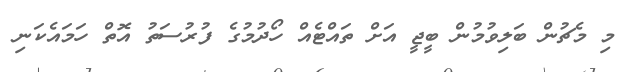
މި މެޗުން ބަލިވުމުން ބީޖީ އަށް ތައްޓެއް ހޯދުމުގެ ފުރުސަތު އޮތް ހަމައެކަނި